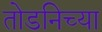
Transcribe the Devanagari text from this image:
तोडनिच्या